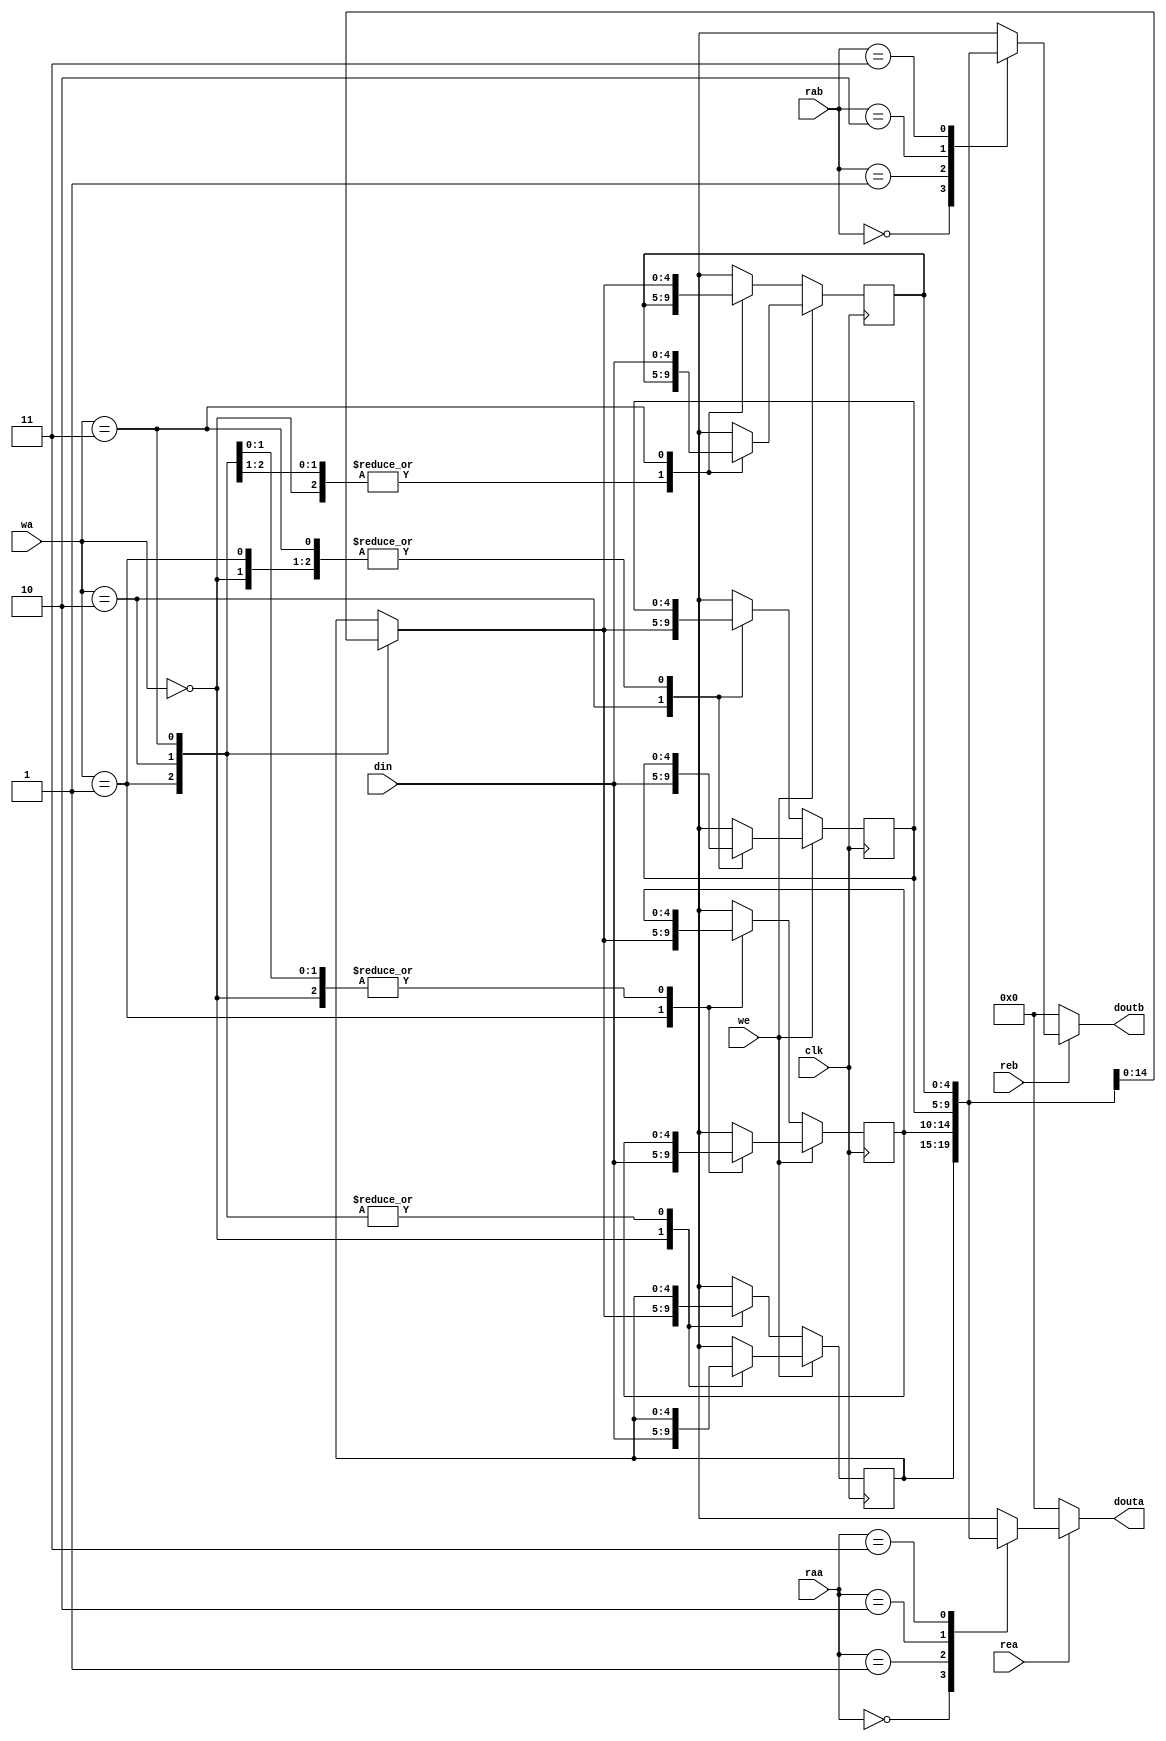
`timescale 1ns / 1ps
module RF(clk, rea, reb, raa, rab, we, wa, din, douta, doutb);
input clk, rea, reb, we;
input [1:0] raa, rab, wa;
input [4:0] din;
output reg [4:0] douta, doutb;
reg [4:0] RegFile [3:0];

always @(rea, reb, raa, rab) begin
    if (rea)
        douta = RegFile[raa];
    else douta = 5'b00000;
    if (reb)
        doutb = RegFile[rab];
    else doutb = 5'b00000;
end
always@(posedge clk) begin
    if (we)
        RegFile[wa] = din;
    else
        RegFile[wa] = RegFile[wa];
end
endmodule //RF